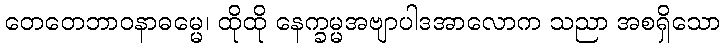
တေတေဘာဝနာဓမ္မေ၊ ထိုထို နေက္ခမ္မအဗျာပါဒအာလောက သညာ အစရှိသော